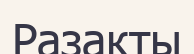
Разакты